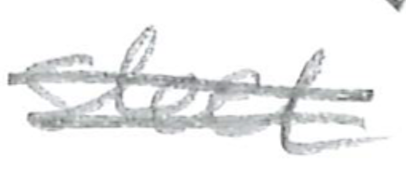
Text: stainless
Cross-out: mix
Writing tool: pencil